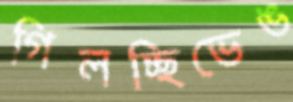
গিলচ্ছিভেঙ